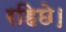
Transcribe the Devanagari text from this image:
रहिछे।